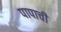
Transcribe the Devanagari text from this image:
पापाची